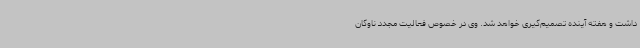
داشت و هفته آینده تصمیم‌گیری خواهد شد. وی در خصوص فعالیت مجدد ناوگان